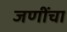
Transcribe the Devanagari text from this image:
जणींचा